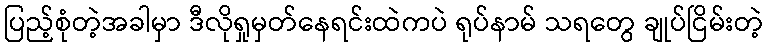
ပြည့်စုံတဲ့အခါမှာ ဒီလိုရှုမှတ်နေရင်းထဲကပဲ ရုပ်နာမ် သရတွေ ချုပ်ငြိမ်းတဲ့